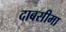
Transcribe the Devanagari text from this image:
दाबसीमा